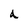
Character: a